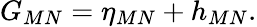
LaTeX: G_{MN}=\eta_{MN}+h_{MN}.